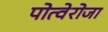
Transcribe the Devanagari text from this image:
पोत्वेरोजा